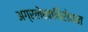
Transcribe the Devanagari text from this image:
अग्रलेखाविरोधात